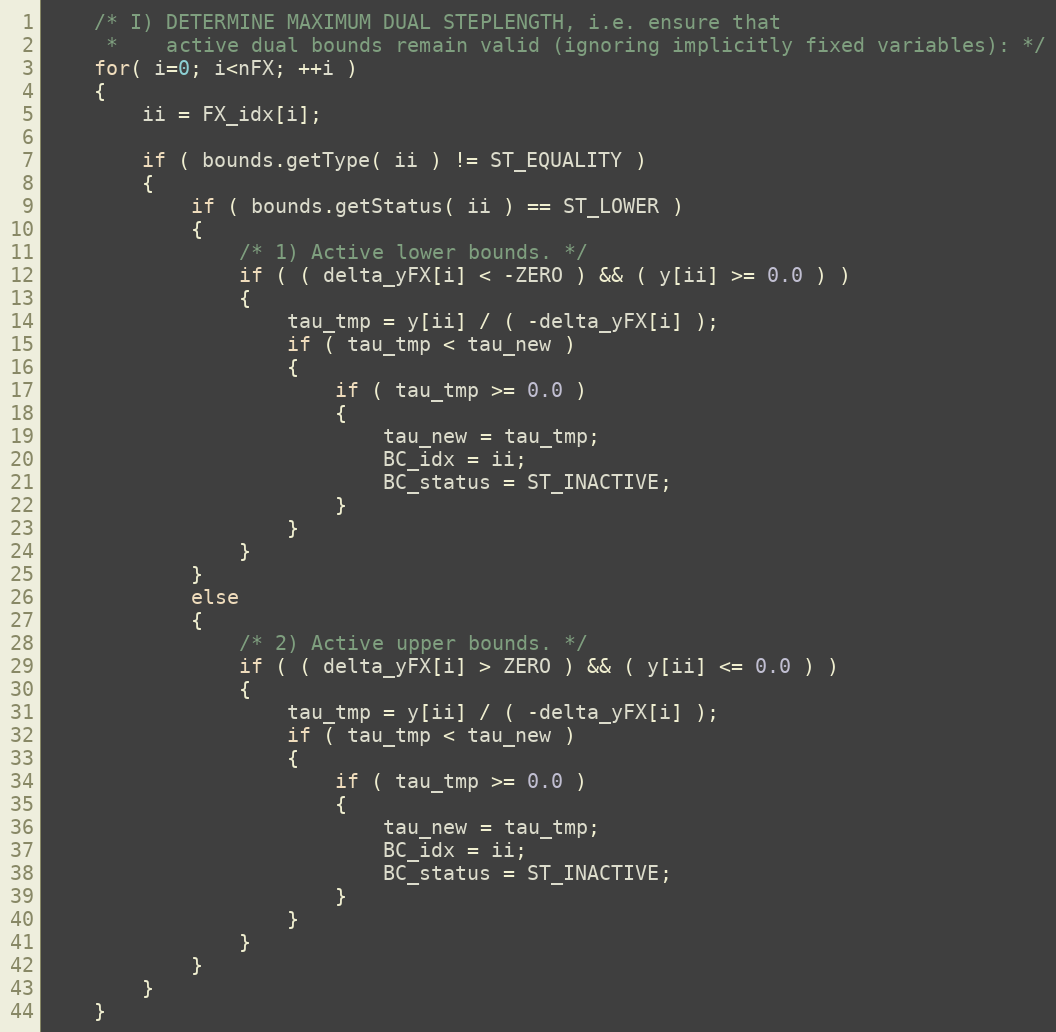
Language: C++
	/* I) DETERMINE MAXIMUM DUAL STEPLENGTH, i.e. ensure that
	 *    active dual bounds remain valid (ignoring implicitly fixed variables): */
	for( i=0; i<nFX; ++i )
	{
		ii = FX_idx[i];

		if ( bounds.getType( ii ) != ST_EQUALITY )
		{
			if ( bounds.getStatus( ii ) == ST_LOWER )
			{
				/* 1) Active lower bounds. */
				if ( ( delta_yFX[i] < -ZERO ) && ( y[ii] >= 0.0 ) )
				{
					tau_tmp = y[ii] / ( -delta_yFX[i] );
					if ( tau_tmp < tau_new )
					{
						if ( tau_tmp >= 0.0 )
						{
							tau_new = tau_tmp;
							BC_idx = ii;
							BC_status = ST_INACTIVE;
						}
					}
				}
			}
			else
			{
				/* 2) Active upper bounds. */
				if ( ( delta_yFX[i] > ZERO ) && ( y[ii] <= 0.0 ) )
				{
					tau_tmp = y[ii] / ( -delta_yFX[i] );
					if ( tau_tmp < tau_new )
					{
						if ( tau_tmp >= 0.0 )
						{
							tau_new = tau_tmp;
							BC_idx = ii;
							BC_status = ST_INACTIVE;
						}
					}
				}
			}
		}
	}